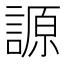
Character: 謜